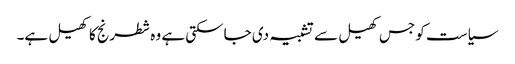
سیاست کو جس کھیل سے تشبیہ دی جاسکتی ہے وہ شطرنج کا کھیل ہے۔